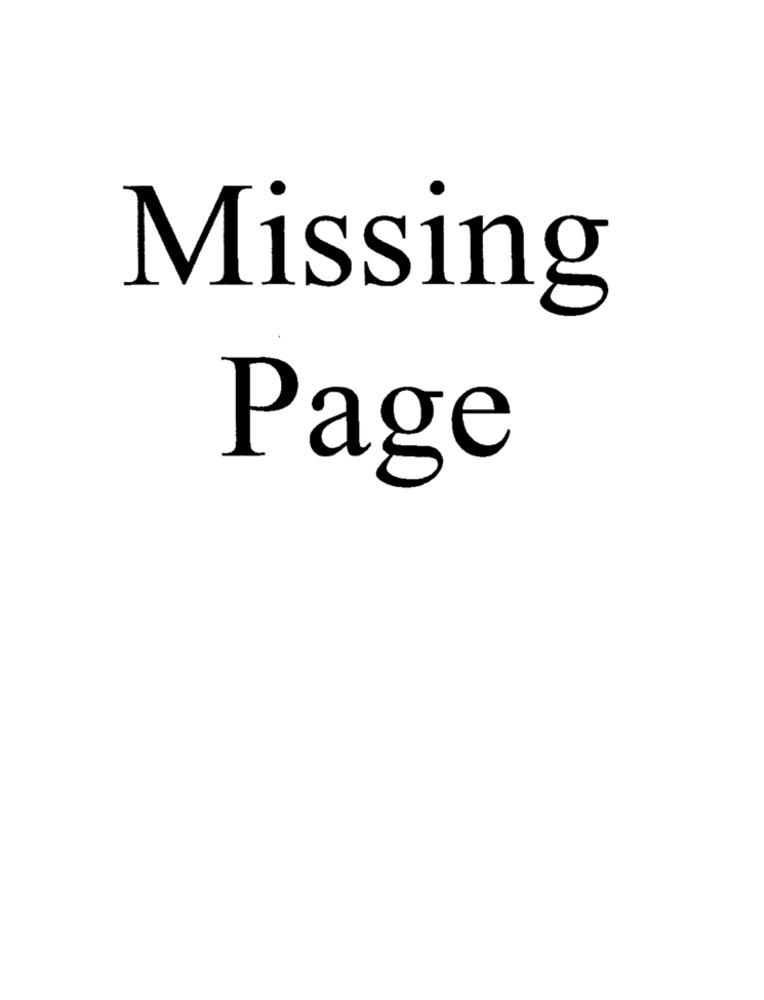
Missing
Page